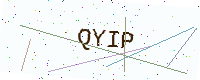
Text: QYIP